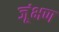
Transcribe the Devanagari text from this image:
जूंभण